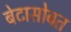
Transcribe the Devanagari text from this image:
बेटासोबत